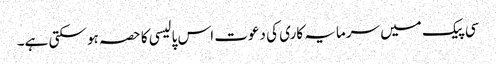
سی پیک میں سرمایہ کاری کی دعوت اس پالیسی کا حصہ ہو سکتی ہے۔